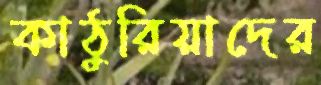
কাঠুরিয়াদের